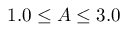
1 . 0 \leq A \leq 3 . 0